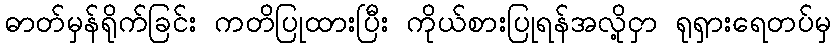
ဓာတ်မှန်ရိုက်ခြင်း ကတိပြုထားပြီး ကိုယ်စားပြုရန်အလို့ငှာ ရုရှားရေတပ်မှ